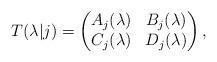
LaTeX: \begin{align*}T(\lambda|j)=\begin{pmatrix}A_j(\lambda) & B_j(\lambda) \\C_j(\lambda) & D_j(\lambda)\end{pmatrix},\end{align*}